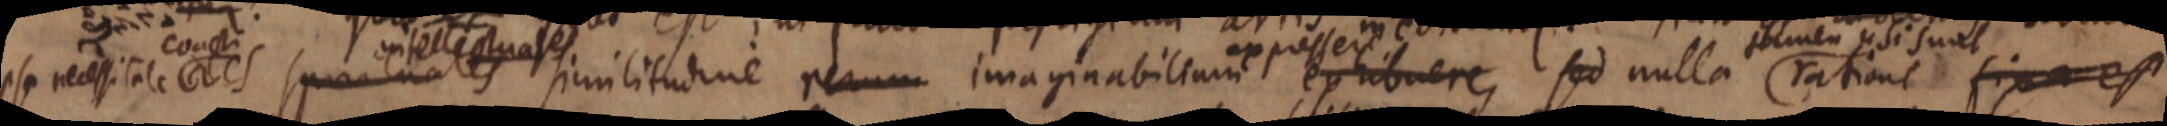
ipsa necessitate ales spatilales similitudine rerum imaginabilium exhibere, sed nulla ratione fixa est